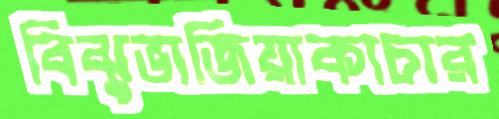
বিঝুভাজিয়াকাচার